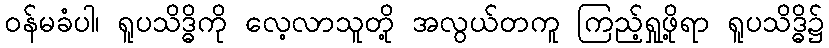
ဝန်မခံပါ၊ ရူပသိဒ္ဓိကို လေ့လာသူတို့ အလွယ်တကူ ကြည့်ရှုဖို့ရာ ရူပသိဒ္ဓိ၌